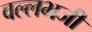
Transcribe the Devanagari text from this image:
वल्लभजी